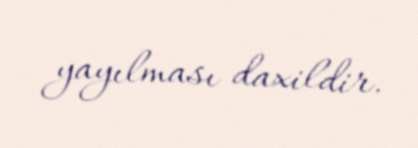
yayılması daxildir.